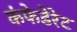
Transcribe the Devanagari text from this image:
कंफेडेरेट